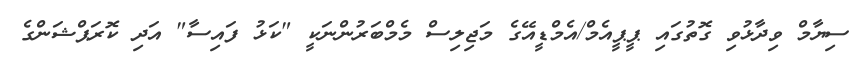
ސިޔާމް ވިދާޅުވި ގޮތުގައި ޕީޕީއެމް/އެމްޑީއޭގެ މަޖިލިސް މެމްބަރުންނަކީ "ކަޅު ފައިސާ" އަދި ކޮރަޕްޝަންގެ